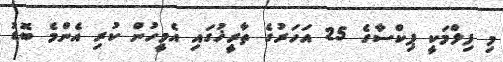
މި ފިލްމަކީ ޕިކްސާގެ 25 އަހަރުގެ ތާރީޚުގައި އެމީހުން ކުރި އެންމެ ބޮޑު